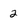
Character: 2